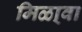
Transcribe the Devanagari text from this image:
मिळा्वा